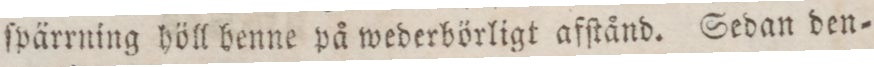
ſpärrning höll benne på wederbörligt afſtånd. Sedan den=